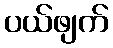
ပယ်ဖျက်